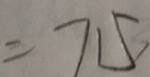
= 7 1 5